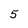
Character: 5